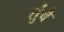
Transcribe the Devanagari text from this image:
तुंबे